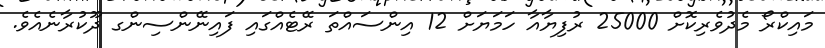
މައިކްރޯ މެދުވެރިކޮށް 25000 ރުފިޔާއާ ހަމަޔަށް 12 އިންސައްތަ ރޭޓެއްގައި ފައިނޭންސިންގ ދޫކުރާނެއެވެ.